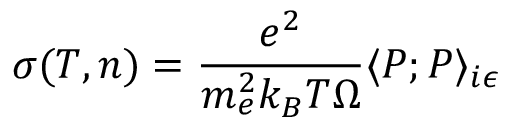
\sigma ( T , n ) = \frac { e ^ { 2 } } { m _ { e } ^ { 2 } k _ { B } T \Omega } \langle P ; P \rangle _ { i \epsilon }